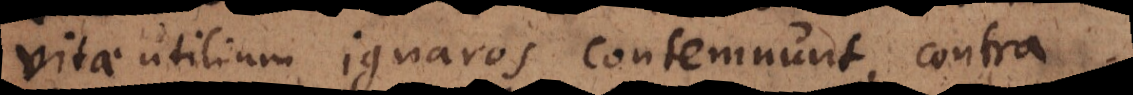
vitae utilium ignaros, contemnunt, contra